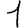
Digit: 1